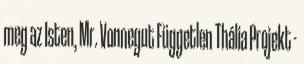
meg az Isten, Mr. Vonnegut Független Thália Projekt -